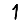
Digit: 1